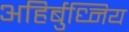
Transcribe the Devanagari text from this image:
अहिर्बुध्निय